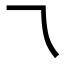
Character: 乁